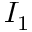
I _ { 1 }